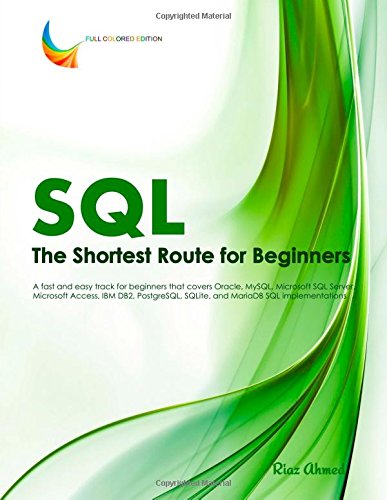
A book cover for SQL - The Shortest Route For Beginners: A fast and easy track for beginners that covers Oracle, MySQL, Microsoft SQL Server, Microsoft Access, IBM ... SQLite, and MariaDB SQL implementations; Riaz Ahmed; Computers & Technology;